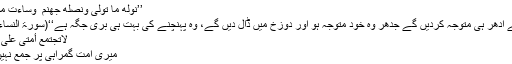
’’نُوَلِّهِ مَا تَوَلَّىٰ وَنُصْلِهِ جَهَنَّمَ ۖ وَسَاءَتْ مَصِيرً‌ا ‘‘
’’ہم اسے ادھر ہی متوجہ کردیں گے جدھر وه خود متوجہ ہو اور دوزخ میں ڈال دیں گے، وه پہنچنے کی بہت ہی بری جگہ ہے‘‘(سورۃ النساء:115)
لاتجتمع أمتی علی الضلالة
میری امت گمراہی پر جمع نہیں ہوگی۔